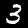
Digit: 3